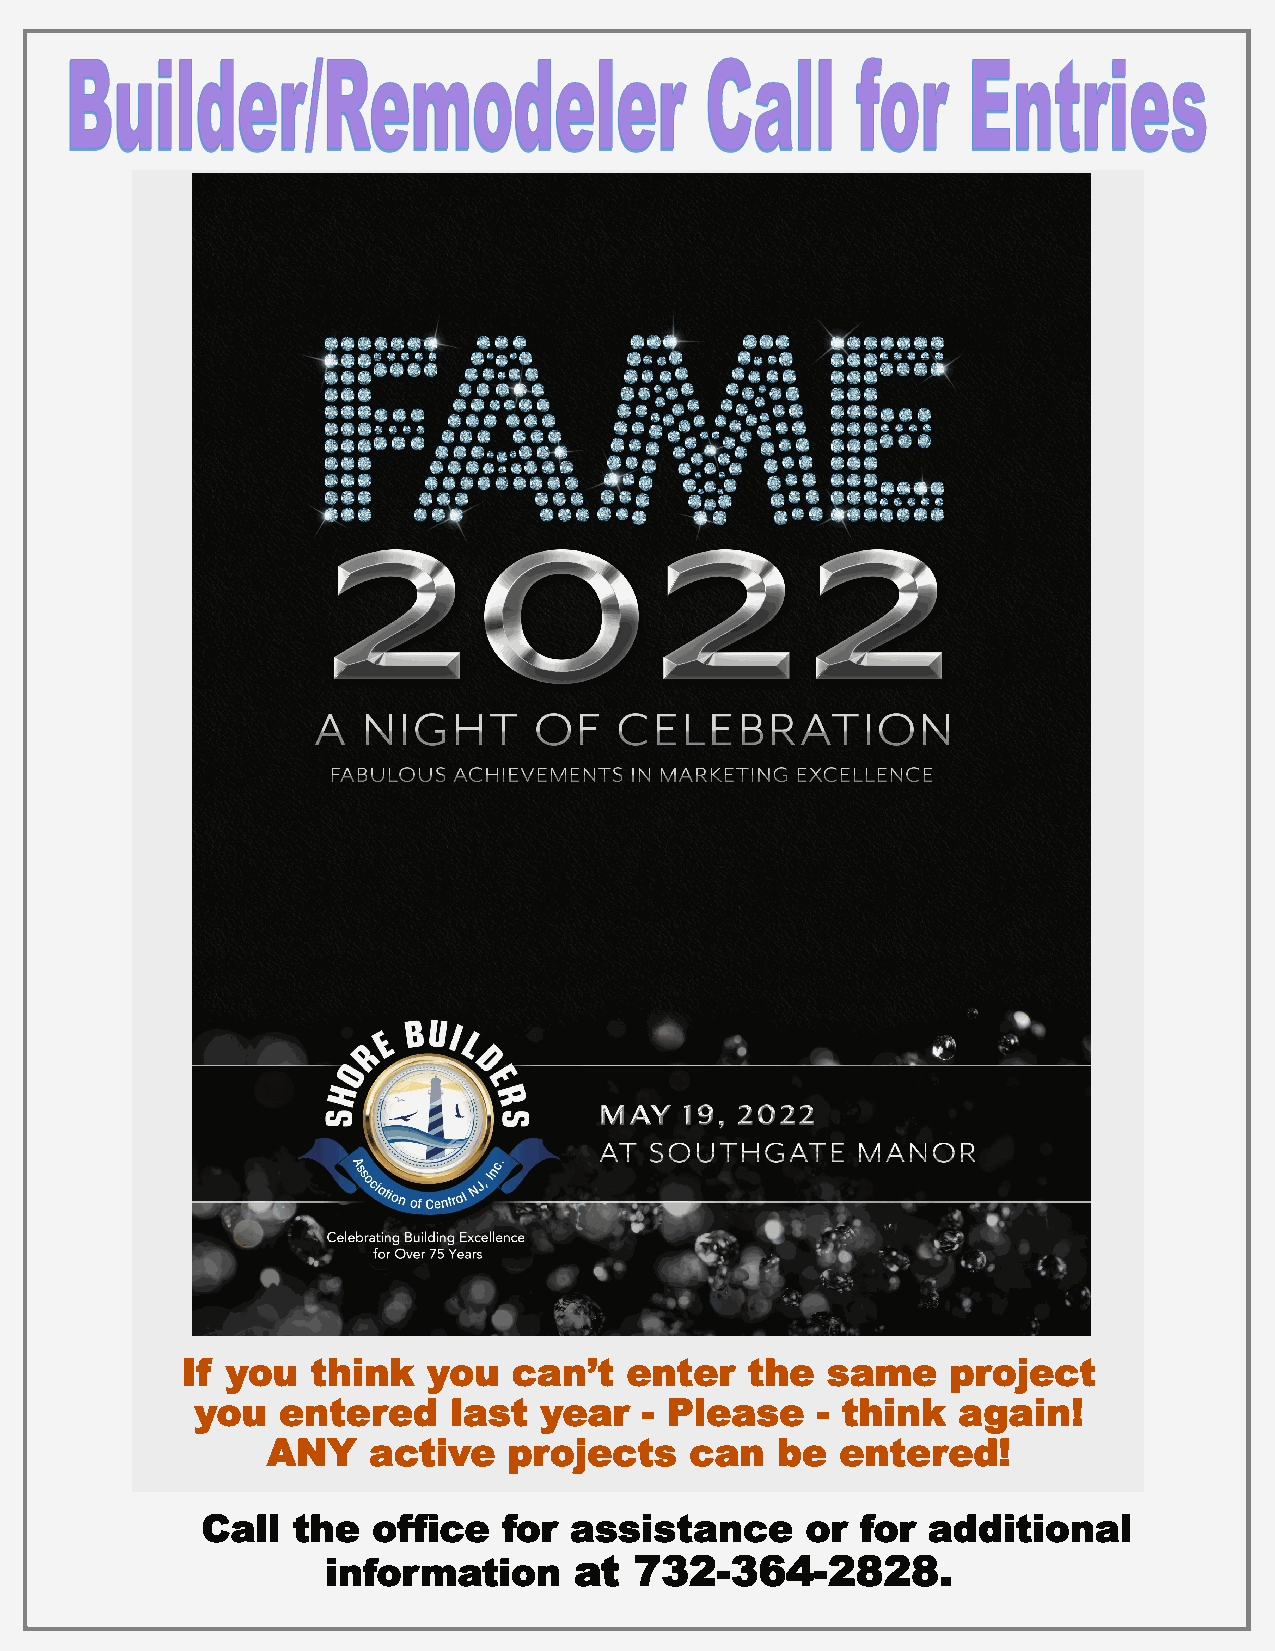
If you   think  you   can’t  enter   the   same    project
 you  entered     last  year  - Please    - think  again!
 ANY   active    projects    can  be   entered!
 Call  the   office  for  assistance     or  for additional
 information     at  732-364-2828.